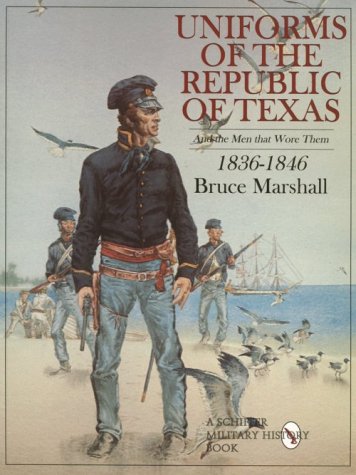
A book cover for Uniforms of the Republic of Texas: And the Men That Wore Them, 1836-1846; Bruce Marshall; Crafts, Hobbies & Home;